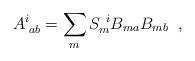
LaTeX: \begin{align*}A^{i}_{\;ab}= \sum_m S^{~i}_{m} B_{ma} B_{mb} \;\; ,\end{align*}